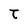
Character: t